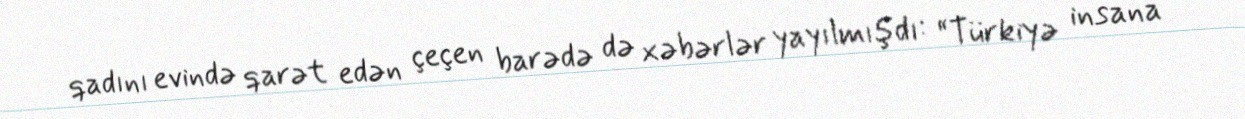
qadını evində qarət edən çeçen barədə də xəbərlər yayılmışdı: “Türkiyə insana